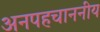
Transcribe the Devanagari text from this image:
अनपहचाननीय